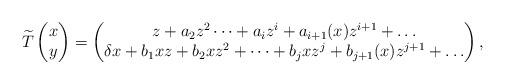
LaTeX: \begin{align*}\widetilde{T}\begin{pmatrix}x\\y \end{pmatrix} = \begin{pmatrix}z+a_2 z^2 \dots + a_i z^i +a_{i+1}(x)z^{i+1}+\dots\\ \delta x + b_1xz + b_2 x z^2 +\dots +b_j x z^j + b_{j+1}(x) z^{j+1} +\dots \end{pmatrix},\end{align*}